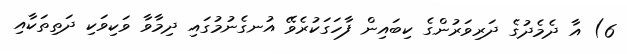
6) އާ ދެމެދުގެ ދަރިވަރުންގެ ކިބައިން ފާހަގަކުރެވޭ އުނގެނުމުގައި ދިމާވާ ވަކިވަކި ދަތިތަކާއި